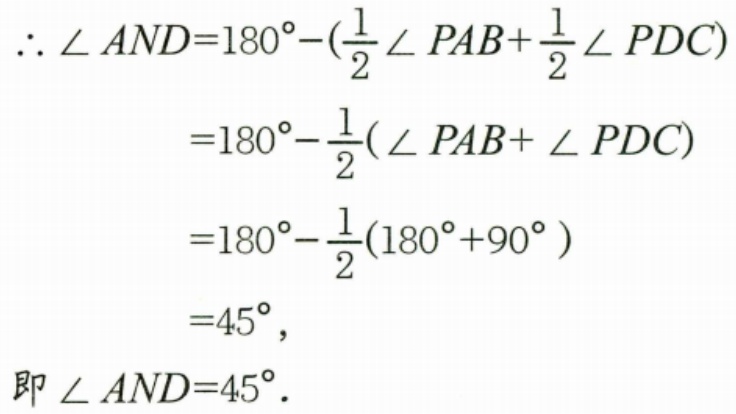
\(\begin{align*}
\therefore \angle AND&=180^{\circ}-(\frac{1}{2}\angle PAB+\frac{1}{2}\angle PDC)\\
&=180^{\circ}-\frac{1}{2}(\angle PAB+\angle PDC)\\
&=180^{\circ}-\frac{1}{2}(180^{\circ}+90^{\circ})\\
&=45^{\circ},
\end{align*}\)
即\(\angle AND = 45^{\circ}\).